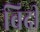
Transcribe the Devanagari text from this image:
विदी